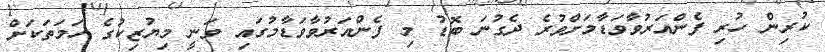
ކުރިން ހުރި ފެންއަރުވާވަޑާމަށްވުރެ ދެގުނަ ބޮޑު މި ފެންއަރުވާވަޑާމުގައި ވަނީ މިޔުޒިކުގެ ހަމަތަކަށް